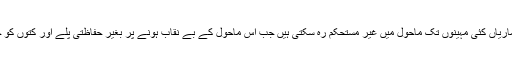
پیروو وائرس جیسی بیماریاں کئی مہینوں تک ماحول میں غیر مستحکم رہ سکتی ہیں جب اس ماحول کے بے نقاب ہونے پر بغیر حفاظتی پلے اور کتوں کو خطرہ لاحق ہوجاتا ہے۔